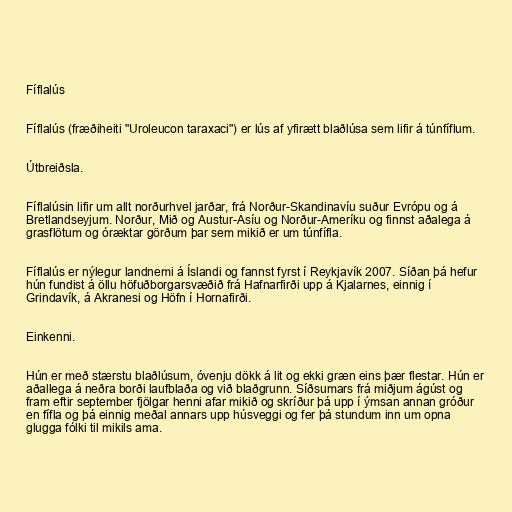
Fíflalús

Fíflalús (fræðiheiti "Uroleucon taraxaci") er lús af yfirætt blaðlúsa sem lifir á túnfíflum.

Útbreiðsla.

Fíflalúsin lifir um allt norðurhvel jarðar, frá Norður-Skandinavíu suður Evrópu og á
Bretlandseyjum. Norður, Mið og Austur-Asíu og Norður-Ameríku og finnst aðalega á
grasflötum og óræktar görðum þar sem mikið er um túnfífla.

Fíflalús er nýlegur landnemi á Íslandi og fannst fyrst í Reykjavík 2007. Síðan þá hefur
hún fundist á öllu höfuðborgarsvæðið frá Hafnarfirði upp á Kjalarnes, einnig í
Grindavík, á Akranesi og Höfn í Hornafirði.

Einkenni.

Hún er með stærstu blaðlúsum, óvenju dökk á lit og ekki græn eins þær flestar. Hún er
aðallega á neðra borði laufblaða og við blaðgrunn. Síðsumars frá miðjum ágúst og
fram eftir september fjölgar henni afar mikið og skríður þá upp í ýmsan annan gróður
en fífla og þá einnig meðal annars upp húsveggi og fer þá stundum inn um opna
glugga fólki til mikils ama.